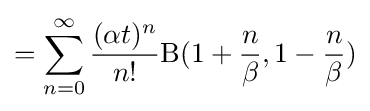
=\sum _{n=0}^{\infty }{\frac {(\alpha t)^{n}}{n!}}\mathrm {B} (1+{\frac {n}{\beta }},1-{\frac {n}{\beta }})